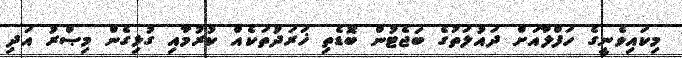
މިކައިވެނީގެ ހަފްލާއަށް ދައުލަތުގެ ބަޖެޓުން ބޮޑެތި ޚަރަދުތަކެއް ކުރުމާއި ގުޅިގެން މިޞްރު އަދި